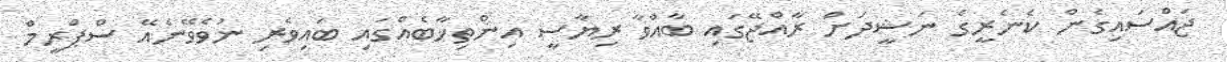
ޖައްސައިގެން ކެނެރީގެ ނަޝީދަށް ރާއްޖޭގައި ބާއްވާ ރިޔާސީ އިންތިޚާބެއްގައި ބައިވެރި ނުވެވޭނެއޭ ސްޕްރީމް